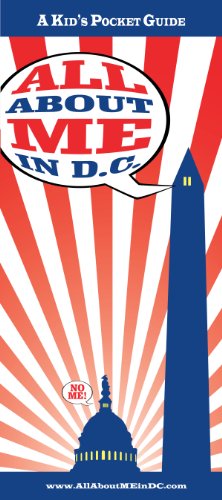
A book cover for All About ME in DC - Washington DC for Kids; Corkey Hay DeSimone; Teen & Young Adult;